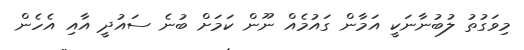
މިވަގުތު ލުބުނާނަކީ އަމާން ގައުމެއް ނޫން ކަމަށް ބުނެ ސައުދީ އާއި އެހެން